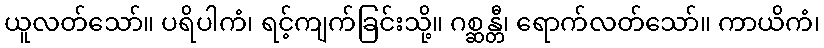
ယူလတ်သော်။ ပရိပါကံ၊ ရင့်ကျက်ခြင်းသို့။ ဂစ္ဆန္တီ၊ ရောက်လတ်သော်။ ကာယိကံ၊